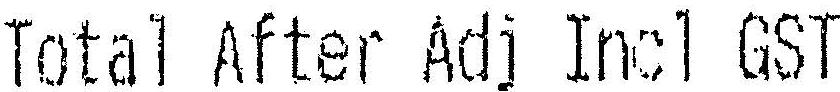
TOTAL AFTER ADJ INCL GST